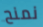
نمنح